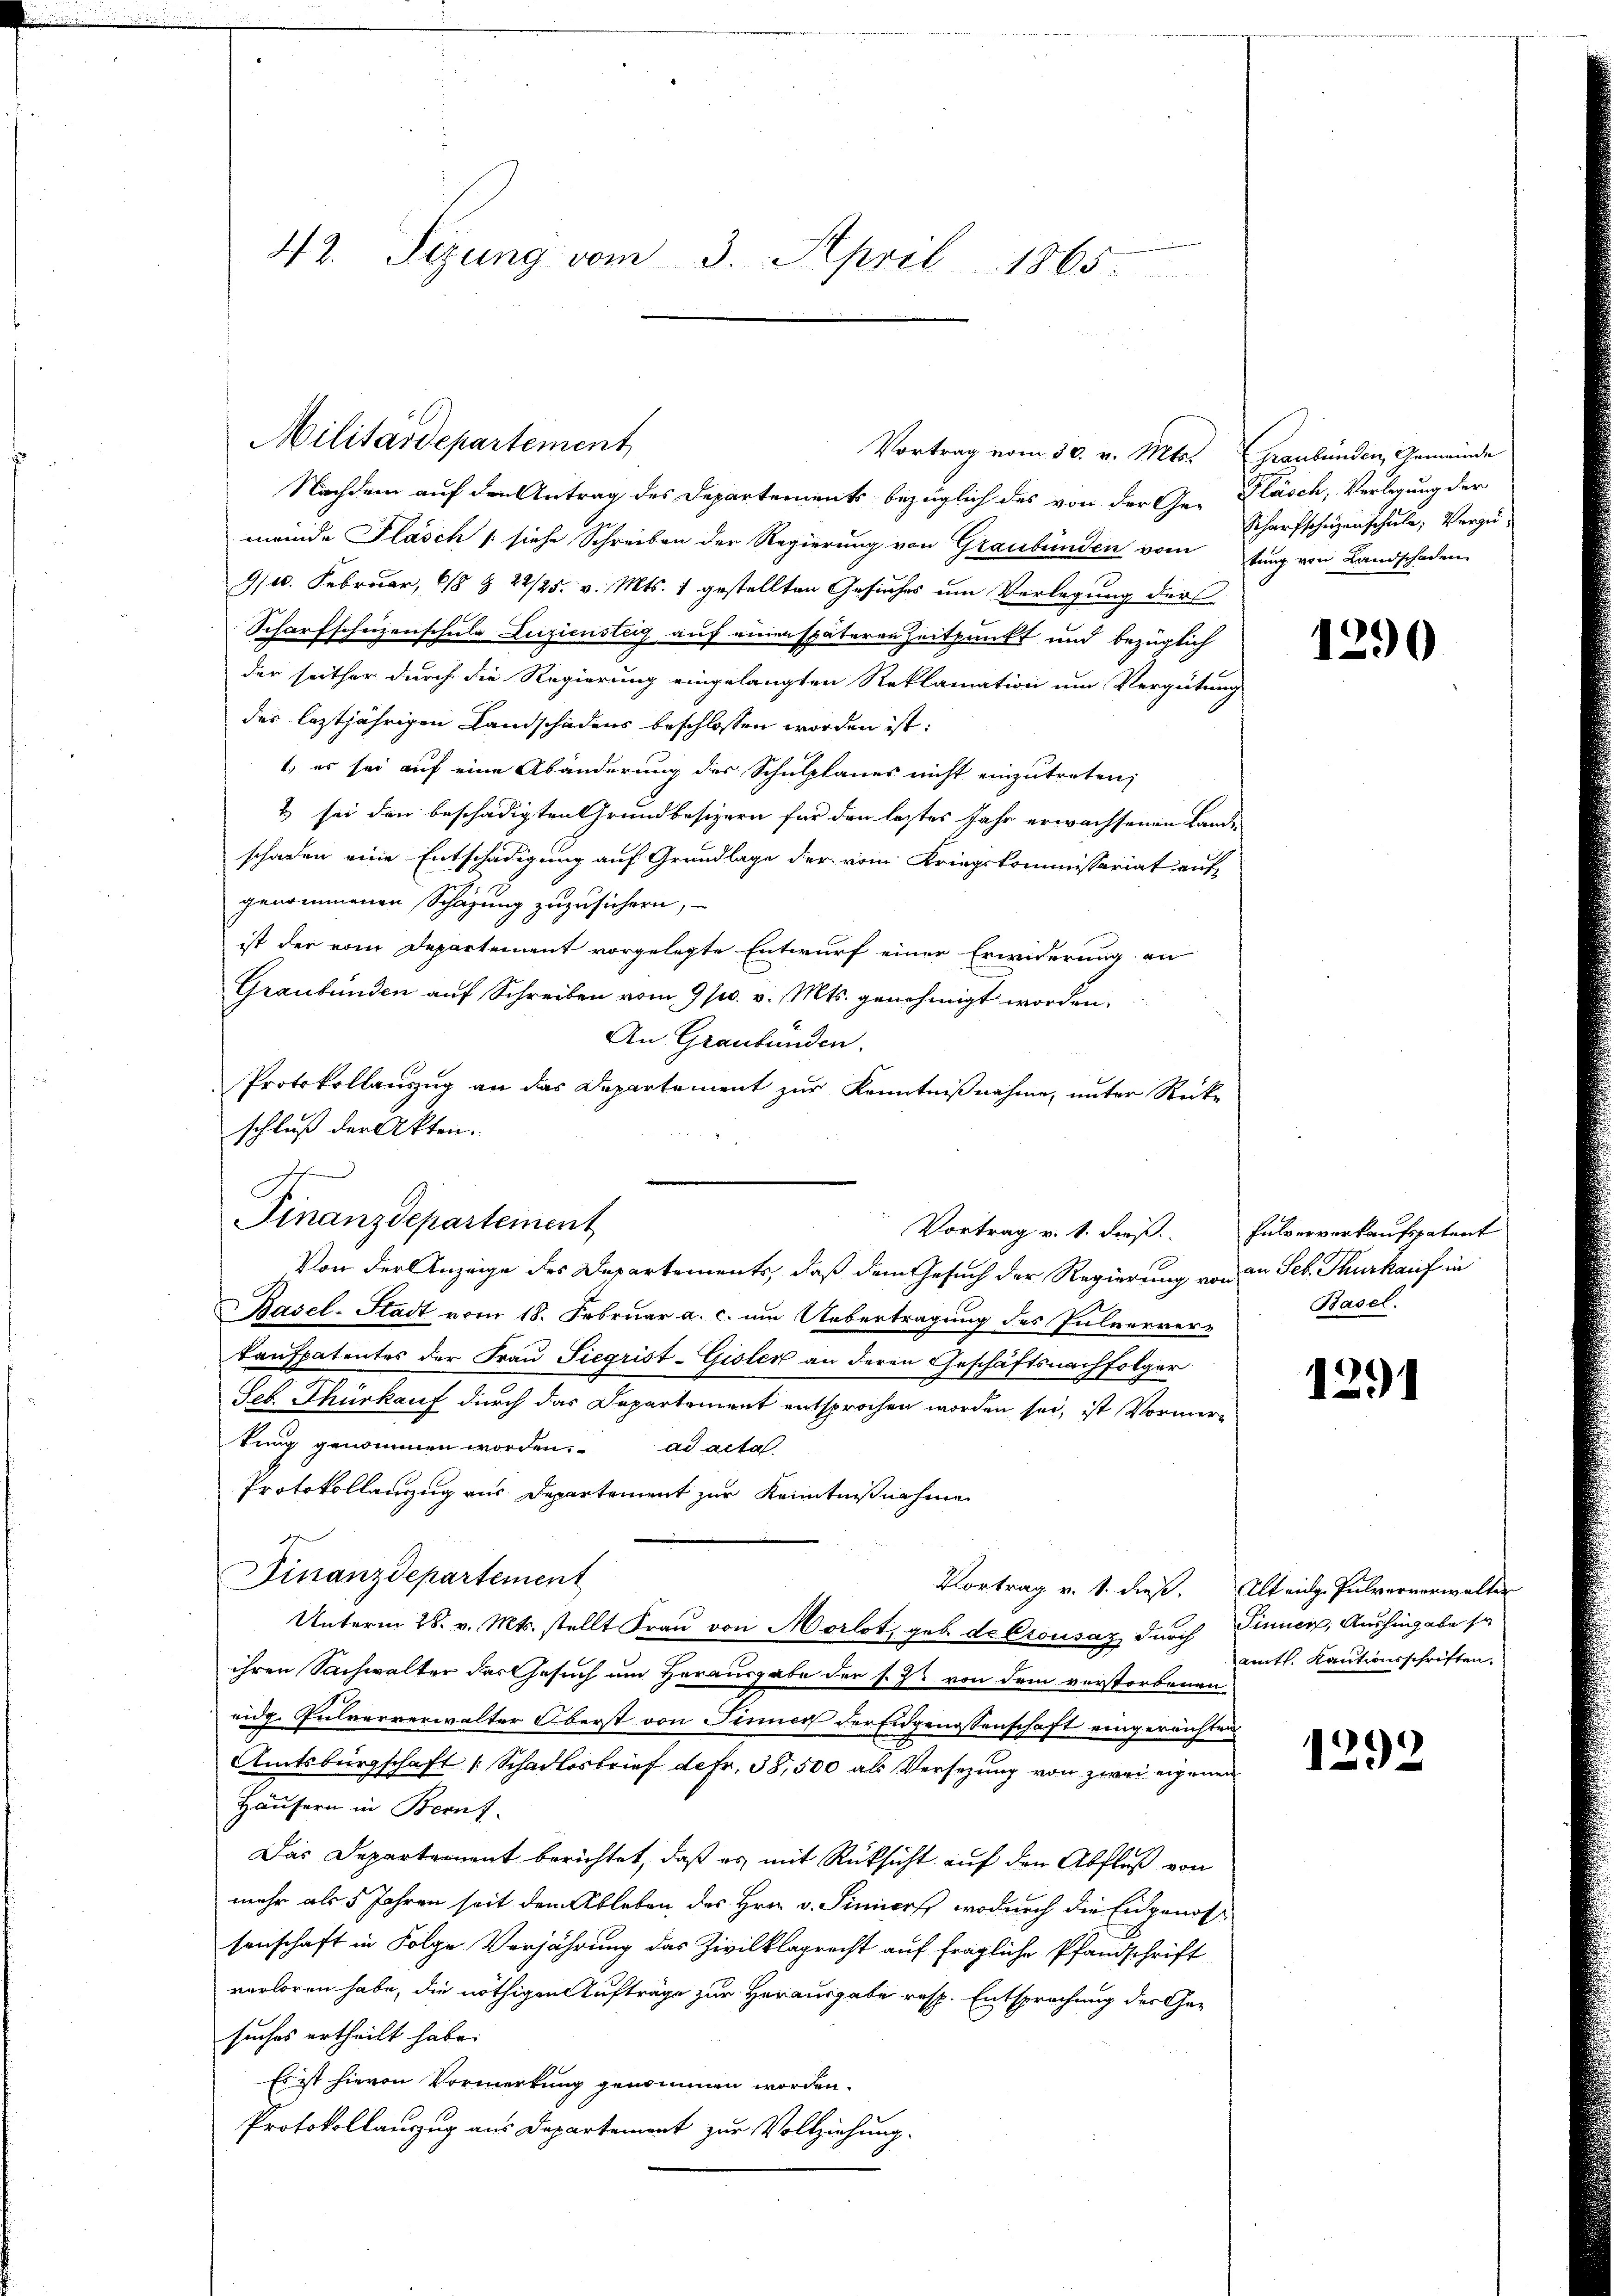
42. Sezung vom 3. April 1865.

Militärdepartement

Nachdem auf den Antrag des Departements bezüglich des von der Ge- Flasch, Verlegung der
meinde Flasch / siehe Schreiben der Regierung von Graubünden vom tung von Landschaden
9/10. Februar, 6/8 & 22/25. v. Mts. 1 gestellten Gesuches um Verlegung der
Scharfscheizenschule Zuziensteig auf einen späteren Zeitpunkt und bezüglich
der seither durch die Regierung eingelangten Reklamation um Vergütung
der leztjährigen Landschadens beschlossen worden ist:
1) es sei auf eine Abänderung des Schulplanes nicht einzutreten;
& sei den beschädigten Grundbesizern für den letztes Jahr erwachsenen Landi
schaden eine Entschädigung auf Grundlage der vom Kriegskommissariat auf
genommenen Schazung zuzusichern,
ist der vom Departement vorgelegte Entwurf einer Erwiderung an
Graubünden auf Schreiben vom 9 s. v. Mts. genehmigt worden.
An Graubünden.
Protokollauszug an das Departement zur Kenntnißnahme, unter Rücke
schluß der Akten.
Von der Anzeige des Departements, daß dem Gesuch der Regierung von den Seb. Thurkauf in
Basel-Stadt vom 18. Februar a. c. um Uebertragung des Pulverver-
Kaufpatentes der Frau Siegrist-Gisler an deren Geschäftsnachfolger
Seb. Thürkauf durch das Departement entsprochen worden sei, ist Vormertung genommen worden. ad acta
Protokollauszug aus Departement zur Kenntnißnahme
Finanzdepartement
Vortrag v. 1. dieß. Alt einge Pulververwalter
Unterm 28. v. Mts. stellt Frau von Morlot, geb. de Crousaz durch Finnen, Aushingabe se
ihren Sachwalter der Gesuch um Herausgabe der s. Zt. von dem verstorbenen
eidg. Pulververwalter Oberst von Finner der Eidgenossenschaft eingereichten
Amtsbürgschaft 1 Schadlosbrief defr. 38,500 als Versezung von zwei eigenen
Häusern in Beruf
Das Departement berichtet, daß es mit Rücksicht auf den Abfluß von
mehr als 5 Jahren seit dem Ableben des Hrn. v. Simiers, wodurch die Eidgenosse
senschaft in Folge Verjährung das Zivilklagrecht auf fragliche Pfandschrift
verloren habe, die nöthigen Aufträge zur Herausgabe resp. Entsprechung des Gesuches ertheilt habe.
Es ist hievon Vormerkung genommen worden.
Protokollauszug aus Departement zur Vollziehung.

J
Finanzdepartement

Vortrag v. 1. dieß Pulververkaufspatent

Vortrag vom 30. v. Mts. (Graubünden, Gemeinde

Scharfschigenschule, Vorzu¬

1290

Basel.

1291

amtl. Kautionsschriften.

1292